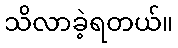
သိလာခဲ့ရတယ်။